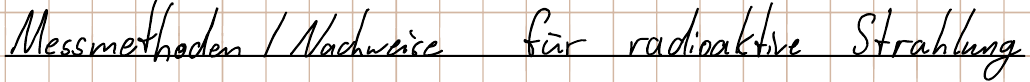
Messmethoden / Nachweise für radioaktive Strahlung